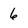
Character: 6